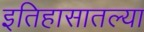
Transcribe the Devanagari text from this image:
इतिहासातल्या